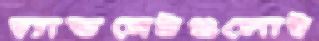
হ্যান্ডসেটগুলোই